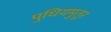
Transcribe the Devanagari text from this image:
पुधियमुतूर